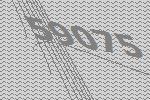
59075